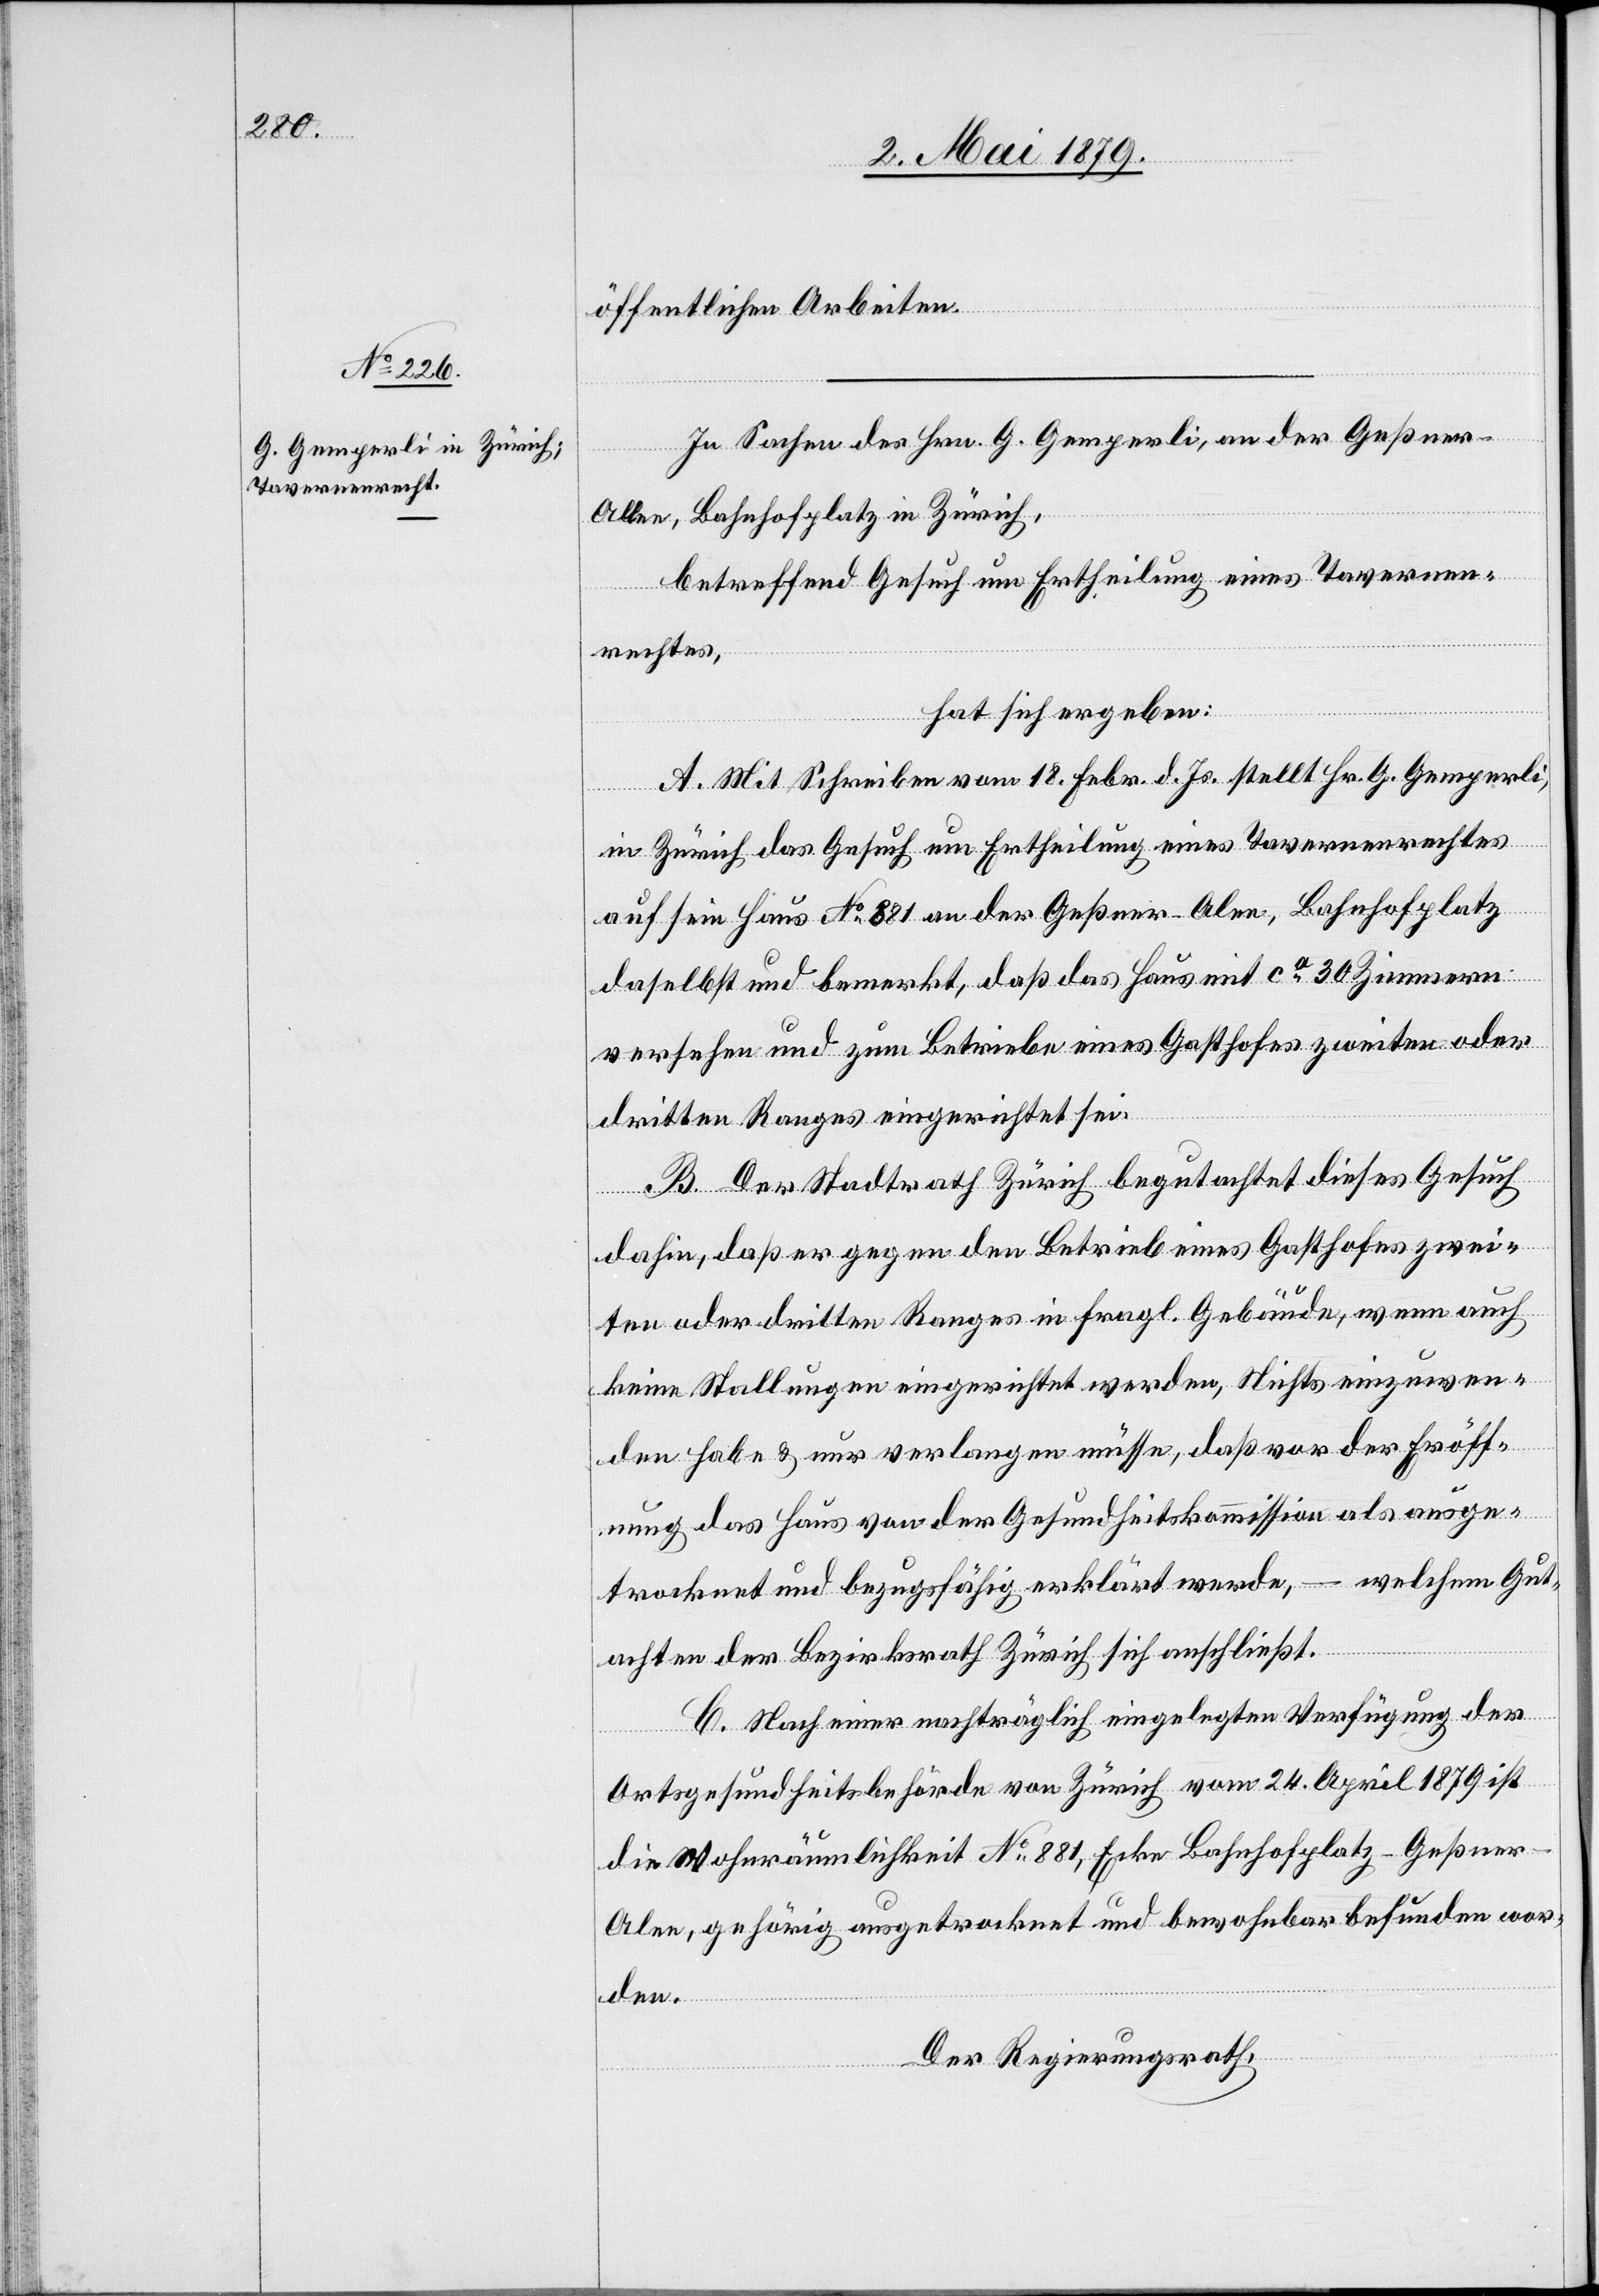
öffentlichen Arbeiten.
In Sachen des Hrn. G. Gemperli, an der Geßner-A¬
llee, Bahnhofplatz in Zürich,
betreffend Gesuch um Ertheilung eines Tavernen¬
rechtes,
hat sich ergeben:
A. Mit Schreiben vom 18. Febr. d. Js. stellt Hr. G. Gemperli,
in Zürich das Gesuch um Ertheilung eines Tavernenrechtes
auf sein Haus No 881 an der Geßner-Alee [sic!], Bahnhofplatz
daselbst und bemerkt, daß das Haus mit ca 30 Zimmern
versehen und zum Betriebe eines Gasthofes zweiten oder
dritten Ranges eingerichtet sei.
B. Der Stadtrath Zürich begutachtet dieses Gesuch
dahin, daß er gegen den Betrieb eines Gasthofes zwei¬
ten oder dritten Ranges in fragl. Gebäude, wenn auch
keine Stallungen eingerichtet werden, Nichts einzuwen¬
den habe & nur verlangen müsse, daß vor der Eröff¬
nung das Haus von der Gesundheitskommission als ausge¬
trocknet und bezugsfähig erklärt werde, – welchem Gut¬
achten der Bezirksrath Zürich sich anschließt.
C. Nach einer nachträglich eingelegten Verfügung der
Ortsgesundheitsbehörde von Zürich vom 24. April 1879 ist
die Wohnräumlichkeit No 881, Ecke Bahnhofplatz-Geßner-A¬
lee, gehörig ausgetrocknet und bewohnbar befunden wor¬
den.
Der Regierungsrath,